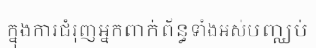
ក្នុងការជំរុញអ្នកពាក់ព័ន្ធទាំងអស់បញ្ឈប់